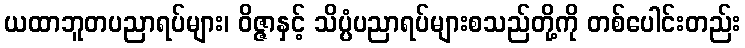
ယထာဘူတပညာရပ်များ၊ ဝိဇ္ဇာနှင့် သိပ္ပံပညာရပ်များစသည်တို့ကို တစ်ပေါင်းတည်း